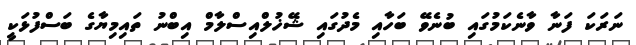
ނަރަކަ ފަނާ ވާނެކަމުގައި ބުނެވޭ ބަހާއި މެދުގައި ޝޭޚުލްއިސްލާމް އިބްނު ތައިމިޔާގެ ބަސްފުޅަކީ